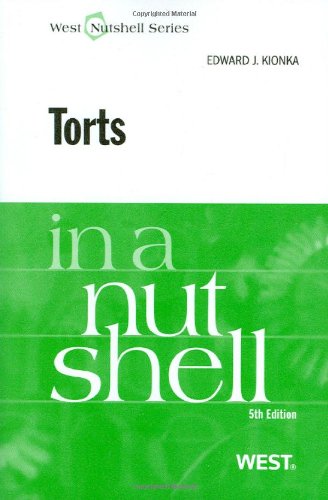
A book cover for Torts in a Nutshell; Edward Kionka; Law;